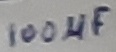
Text: 100µF